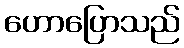
ဟောပြောသည်